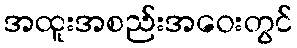
အထူးအစည်းအဝေးတွင်